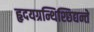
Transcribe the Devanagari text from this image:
हृदयग्रन्थिश्छिद्यन्ते